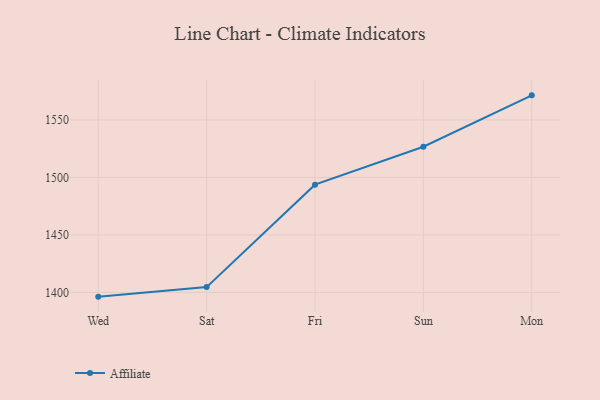
{"axis": {"x": "Day", "y": "Revenue (USD Million)"}, "legend": ["Affiliate"], "data": [{"x": "Wed", "y": 1396.3, "type": "Affiliate"}, {"x": "Sat", "y": 1404.6, "type": "Affiliate"}, {"x": "Fri", "y": 1493.7, "type": "Affiliate"}, {"x": "Sun", "y": 1526.7, "type": "Affiliate"}, {"x": "Mon", "y": 1571.4, "type": "Affiliate"}]}